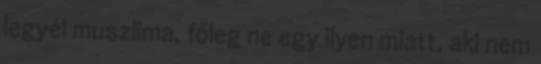
legyél muszlima, főleg ne egy ilyen miatt, aki nem